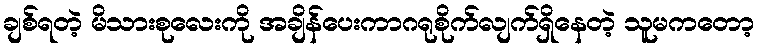
ချစ်ရတဲ့ မိသားစုလေးကို အချိန်ပေးကာဂရုစိုက်လျက်ရှိနေတဲ့ သူမကတော့